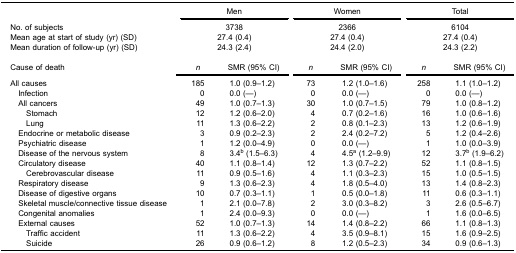
<table><thead><tr><td><b> </b></td><td colspan="2"><b>Men</b></td><td colspan="2"><b>Women</b></td><td colspan="2"><b>Total</b></td></tr></thead><tbody><tr><td>No. of subjects</td><td colspan="2">3738</td><td colspan="2">2366</td><td colspan="2">6104</td></tr><tr><td>Mean age at start of study (yr) (SD)</td><td colspan="2">27.4 (0.4)</td><td colspan="2">27.4 (0.4)</td><td colspan="2">27.4 (0.4)</td></tr><tr><td>Mean duration of follow-up (yr) (SD)</td><td colspan="2">24.3 (2.4)</td><td colspan="2">24.4 (2.0)</td><td colspan="2">24.3 (2.2)</td></tr><tr><td colspan="7"> </td></tr><tr><td>Cause of death</td><td><i>n</i></td><td>SMR (95% CI)</td><td><i>n</i></td><td>SMR (95% CI)</td><td><i>n</i></td><td>SMR (95% CI)</td></tr><tr><td>All causes</td><td>185</td><td>1.0 (0.9–1.2)</td><td>73</td><td>1.2 (1.0–1.6)</td><td>258</td><td>1.1 (1.0–1.2)</td></tr><tr><td> Infection</td><td>0</td><td>0.0 (—)</td><td>0</td><td>0.0 (—)</td><td>0</td><td>0.0 (—)</td></tr><tr><td> All cancers</td><td>49</td><td>1.0 (0.7–1.3)</td><td>30</td><td>1.0 (0.7–1.5)</td><td>79</td><td>1.0 (0.8–1.2)</td></tr><tr><td>Stomach</td><td>12</td><td>1.2 (0.6–2.0)</td><td>4</td><td>0.7 (0.2–1.6)</td><td>16</td><td>1.0 (0.6–1.6)</td></tr><tr><td>Lung</td><td>11</td><td>1.3 (0.6–2.2)</td><td>2</td><td>0.8 (0.1–2.3)</td><td>13</td><td>1.2 (0.6–1.9)</td></tr><tr><td> Endocrine or metabolic disease</td><td>3</td><td>0.9 (0.2–2.3)</td><td>2</td><td>2.4 (0.2–7.2)</td><td>5</td><td>1.2 (0.4–2.6)</td></tr><tr><td> Psychiatric disease</td><td>1</td><td>1.2 (0.0–4.9)</td><td>0</td><td>0.0 (—)</td><td>1</td><td>1.0 (0.0–3.9)</td></tr><tr><td> Disease of the nervous system</td><td>8</td><td>3.4<sup>b</sup> (1.5–6.3)</td><td>4</td><td>4.5<sup>a</sup> (1.2–9.9)</td><td>12</td><td>3.7<sup>b</sup> (1.9–6.2)</td></tr><tr><td> Circulatory disease</td><td>40</td><td>1.1 (0.8–1.4)</td><td>12</td><td>1.3 (0.7–2.2)</td><td>52</td><td>1.1 (0.8–1.5)</td></tr><tr><td>Cerebrovascular disease</td><td>11</td><td>0.9 (0.5–1.6)</td><td>4</td><td>1.1 (0.3–2.3)</td><td>15</td><td>1.0 (0.5–1.5)</td></tr><tr><td> Respiratory disease</td><td>9</td><td>1.3 (0.6–2.3)</td><td>4</td><td>1.8 (0.5–4.0)</td><td>13</td><td>1.4 (0.8–2.3)</td></tr><tr><td> Disease of digestive organs</td><td>10</td><td>0.7 (0.3–1.1)</td><td>1</td><td>0.5 (0.0–1.8)</td><td>11</td><td>0.6 (0.3–1.1)</td></tr><tr><td> Skeletal muscle/connective tissue disease</td><td>1</td><td>2.1 (0.0–7.8)</td><td>2</td><td>3.0 (0.3–8.2)</td><td>3</td><td>2.6 (0.5–6.7)</td></tr><tr><td> Congenital anomalies</td><td>1</td><td>2.4 (0.0–9.3)</td><td>0</td><td>0.0 (—)</td><td>1</td><td>1.6 (0.0–6.5)</td></tr><tr><td> External causes</td><td>52</td><td>1.0 (0.7–1.3)</td><td>14</td><td>1.4 (0.8–2.2)</td><td>66</td><td>1.1 (0.8–1.3)</td></tr><tr><td>Traffic accident</td><td>11</td><td>1.3 (0.6–2.2)</td><td>4</td><td>3.5 (0.9–8.1)</td><td>15</td><td>1.6 (0.9–2.5)</td></tr><tr><td>Suicide</td><td>26</td><td>0.9 (0.6–1.2)</td><td>8</td><td>1.2 (0.5–2.3)</td><td>34</td><td>0.9 (0.6–1.3)</td></tr></tbody></table>